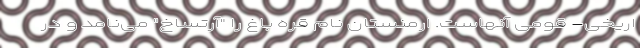
اریخی- قومی آنهاست. ارمنستان نام قره باغ را "آرتساخ" می‌نامد و در